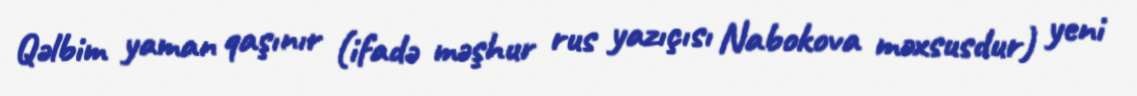
Qəlbim yaman qaşınır (ifadə məşhur rus yazıçısı Nabokova məxsusdur) yeni